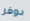
دوفر